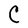
Character: C